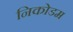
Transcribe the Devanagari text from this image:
निकोडम